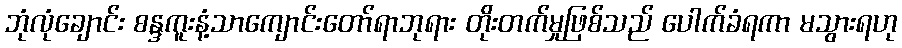
ဘုံလုံချောင်း စန္ဒကူးနံ့သာကျောင်းတော်ရာဘုရား တိုးတက်မှုဖြစ်သည် ပေါက်ခံရကာ မသွားရဟု